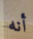
أنه